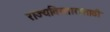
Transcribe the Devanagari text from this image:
राज्यविस्तारासाठी